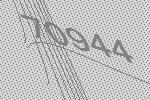
70944